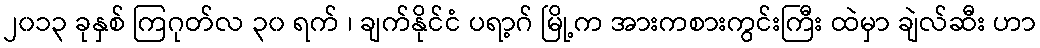
၂၀၁၃ ခုနှစ် ကြဂုတ်လ ၃၀ ရက် ၊ ချက်နိုင်ငံ ပရာ့ဂ် မြို့က အားကစားကွင်းကြီး ထဲမှာ ချဲလ်ဆီး ဟာ